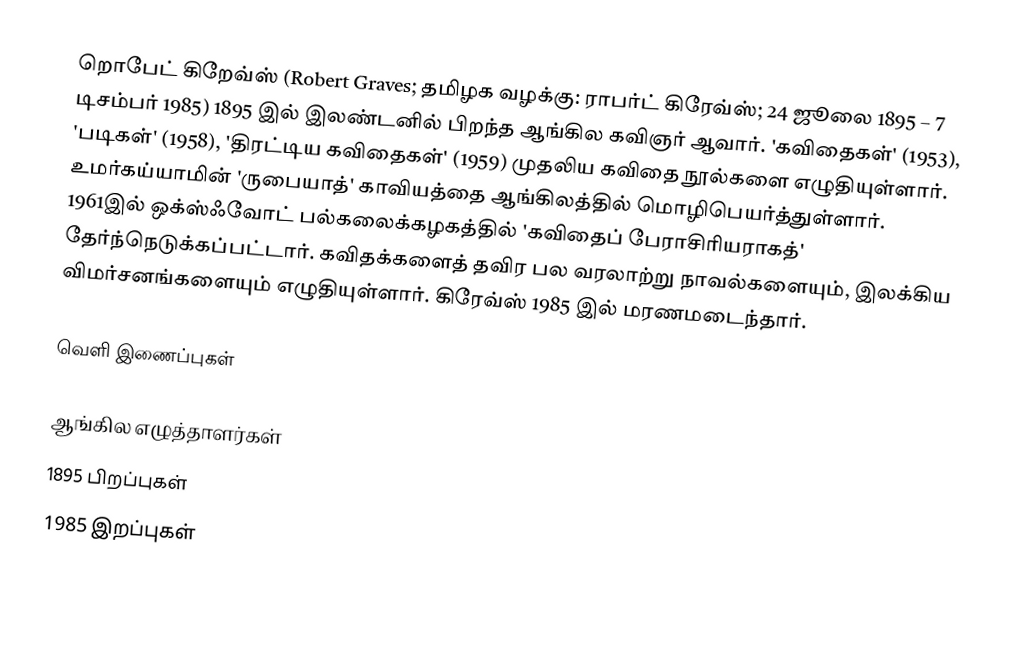
றொபேட் கிறேவ்ஸ் (Robert Graves; தமிழக வழக்கு: ராபர்ட் கிரேவ்ஸ்; 24 ஜூலை 1895 – 7 டிசம்பர் 1985) 1895 இல் இலண்டனில் பிறந்த ஆங்கில கவிஞர் ஆவார். 'கவிதைகள்' (1953), 'படிகள்' (1958), 'திரட்டிய கவிதைகள்' (1959) முதலிய கவிதை நூல்களை எழுதியுள்ளார். உமர்கய்யாமின் 'ருபையாத்' காவியத்தை ஆங்கிலத்தில் மொழிபெயர்த்துள்ளார். 1961இல் ஒக்ஸ்ஃவோட் பல்கலைக்கழகத்தில் 'கவிதைப் பேராசிரியராகத்' தேர்ந்நெடுக்கப்பட்டார். கவிதக்களைத் தவிர பல வரலாற்று நாவல்களையும், இலக்கிய விமர்சனங்களையும் எழுதியுள்ளார். கிரேவ்ஸ் 1985 இல் மரணமடைந்தார்.

வெளி இணைப்புகள்

ஆங்கில எழுத்தாளர்கள்
1895 பிறப்புகள்
1985 இறப்புகள்